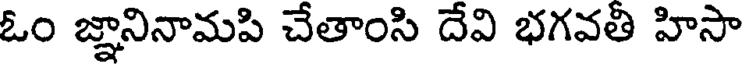
ఓం జ్ఞానినామపి చేతాంసి దేవి భగవతి హిసా